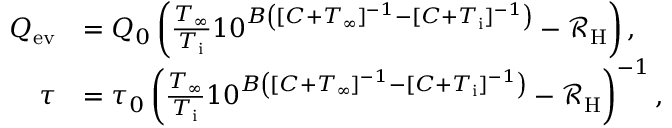
\begin{array} { r l } { Q _ { \mathrm { e v } } } & { = Q _ { 0 } \left( \frac { T _ { \infty } } { T _ { \mathrm { i } } } 1 0 ^ { B \left( [ C + T _ { \infty } ] ^ { - 1 } - [ C + T _ { \mathrm { i } } ] ^ { - 1 } \right) } - \mathcal { R } _ { \mathrm { H } } \right) , } \\ { \tau } & { = \tau _ { 0 } \left( \frac { T _ { \infty } } { T _ { \mathrm { i } } } 1 0 ^ { B \left( [ C + T _ { \infty } ] ^ { - 1 } - [ C + T _ { \mathrm { i } } ] ^ { - 1 } \right) } - \mathcal { R } _ { \mathrm { H } } \right) ^ { - 1 } , } \end{array}